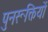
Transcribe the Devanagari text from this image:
पुनरूक्तियों